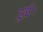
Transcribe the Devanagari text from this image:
हुई़ं।